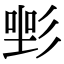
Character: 𢒡